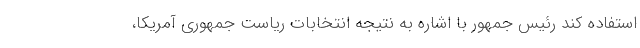
استفاده کند رئیس جمهور با اشاره به نتیجه انتخابات ریاست جمهوری آمریکا،